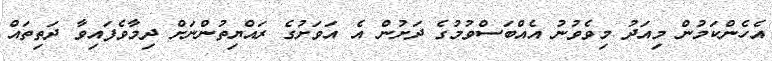
އެހެންކަމުން މިއަދު މިވެވުނު އެއްބަސްވުމުގެ ދަށުން އެ އަވަށުގެ ރައްޔިތުންނަށް ދިމާވެފައިވާ ދަތިތައް